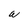
Character: W